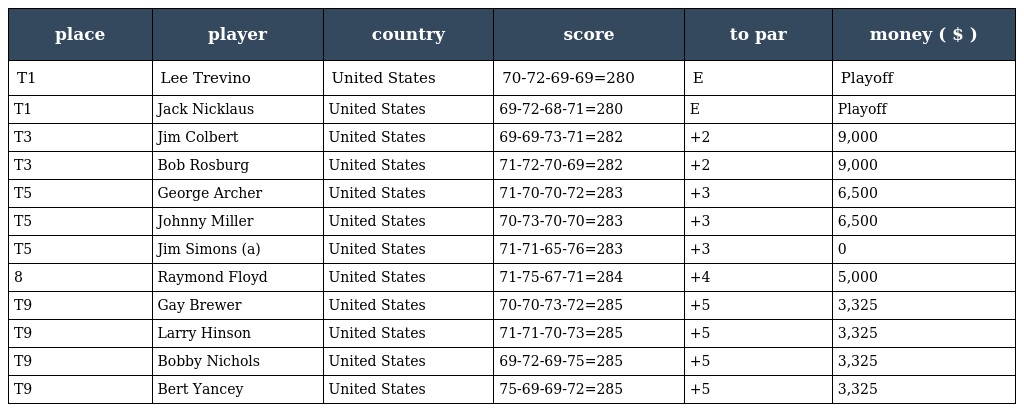
| place | player | country | score | to par | money ( $ ) |
 | --- | --- | --- | --- | --- | --- |
 | T1 | Lee Trevino | United States | 70-72-69-69=280 | E | Playoff |
 | T1 | Jack Nicklaus | United States | 69-72-68-71=280 | E | Playoff |
 | T3 | Jim Colbert | United States | 69-69-73-71=282 | +2 | 9,000 |
 | T3 | Bob Rosburg | United States | 71-72-70-69=282 | +2 | 9,000 |
 | T5 | George Archer | United States | 71-70-70-72=283 | +3 | 6,500 |
 | T5 | Johnny Miller | United States | 70-73-70-70=283 | +3 | 6,500 |
 | T5 | Jim Simons (a) | United States | 71-71-65-76=283 | +3 | 0 |
 | 8 | Raymond Floyd | United States | 71-75-67-71=284 | +4 | 5,000 |
 | T9 | Gay Brewer | United States | 70-70-73-72=285 | +5 | 3,325 |
 | T9 | Larry Hinson | United States | 71-71-70-73=285 | +5 | 3,325 |
 | T9 | Bobby Nichols | United States | 69-72-69-75=285 | +5 | 3,325 |
 | T9 | Bert Yancey | United States | 75-69-69-72=285 | +5 | 3,325 |